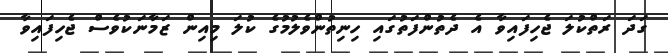
ގަދަ ރަތްކުލަ ޖެހިފައިވާ އެ ދެތުންފަތުގައި ހިނިތުންވެލުމުގެ ކުލަ މިއިން ޒަމާނަކުވެސް ޖެހިފައިވާ